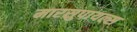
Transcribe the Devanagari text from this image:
मारसुपायल्स